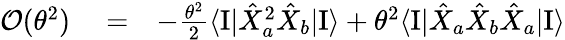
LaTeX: \begin{array}{rlr}{{\mathcal O}(\theta^{2})}&{{}=}&{-\frac{\theta^{2}}{2}\langle\mathrm{I}|\hat{X}_{a}^{2}\hat{X}_{b}|\mathrm{I}\rangle+\theta^{2}\langle\mathrm{I}|\hat{X}_{a}\hat{X}_{b}\hat{X}_{a}|\mathrm{I}\rangle}\end{array}